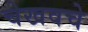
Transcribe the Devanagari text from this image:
चेखवचे